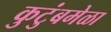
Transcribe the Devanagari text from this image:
कुटुंबमेळा